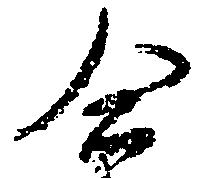
合